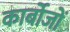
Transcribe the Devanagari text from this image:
कार्बोजों